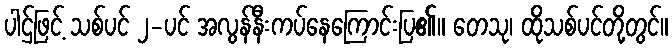
ပါဌ်ဖြင့် သစ်ပင် ၂-ပင် အလွန်နီးကပ်နေကြောင်းပြ၏။ တေသု၊ ထိုသစ်ပင်တို့တွင်။